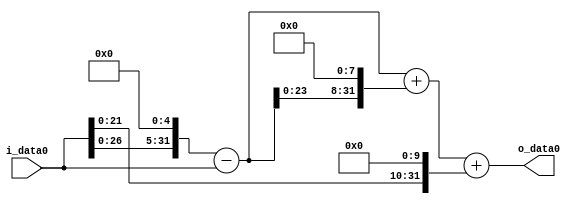
module multiplier_block (
    i_data0,
    o_data0
);

  // Port mode declarations:
  input   [31:0] i_data0;
  output  [31:0]
    o_data0;

  //Multipliers:

  wire [31:0]
    w1,
    w32,
    w31,
    w7936,
    w7967,
    w1024,
    w8991;

  assign w1 = i_data0;
  assign w1024 = w1 << 10;
  assign w31 = w32 - w1;
  assign w32 = w1 << 5;
  assign w7936 = w31 << 8;
  assign w7967 = w31 + w7936;
  assign w8991 = w7967 + w1024;

  assign o_data0 = w8991;

  //multiplier_block area estimate = 4547.18884368088;
endmodule